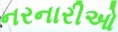
નરનારીઓ